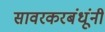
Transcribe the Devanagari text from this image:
सावरकरबंधूंनी